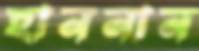
হাননান